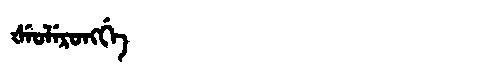
Manchu: ᡧᡝᠣᠯᡝᡵᠣᠩᡤᡝ
Romanization: ŠEOLERONGGE